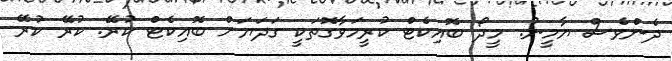
ދެންވެސް ޔާމީނު. މީދޯ ބޮއިކެޓް ކުރީމަވާގޮތަކީ ގަދަޔަށް ބޮއިކެޓް ކުރޭ. ކުރޭ ކުރޭ